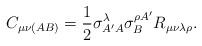
LaTeX: \begin{align*}C_{\mu \nu (AB)}{}=\frac{1}{2}\sigma _{A^{\prime }A}^{\lambda }{}\sigma_{B}^{\rho A^{\prime }}R_{\mu \nu \lambda \rho }{}. \end{align*}